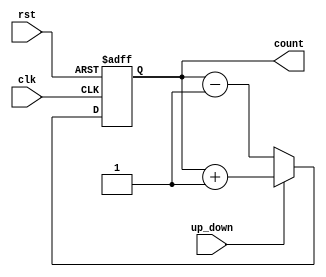
module UpDownCounter (
    input wire clk,       // Clock input
    input wire rst,       // Reset input
    input wire up_down,   // Up/Down control input
    output reg [7:0] count // Register to store current count value
);

always @(posedge clk or posedge rst)
begin
    if(rst == 1'b1)  // Reset the counter if reset signal is high
        count <= 8'b0;
    else if(up_down == 1'b1) // If up/down control signal is high, increment counter
        count <= count + 1;
    else // If up/down control signal is low, decrement counter
        count <= count - 1;
end

endmodule